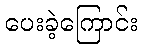
ပေးခဲ့ကြောင်း